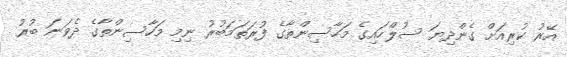
އޭރު ކުރިއަށް ގެންދިޔަ ސުލްހައިގެ މަހާސިންތާގެ ފުރަތަމަބުރު ނިމި މަހާސިންތާގެ ދެވަނަ ބުރު